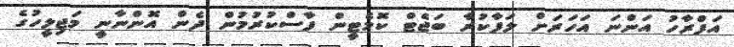
އަފްރާހު އަންނަ އަހަރަށް ލަފާކުރާ ބަޖެޓް ކޮމެޓީން ފާސްކުރުމުން ދެން އޮންނާނީ މަޖިލީހުގެ